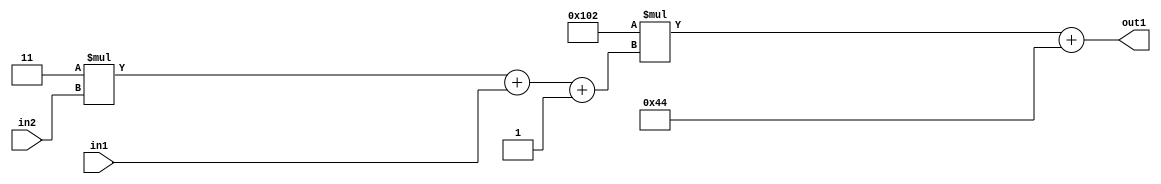
`timescale 1ps / 1ps
/*****************************************************************************
    Verilog RTL Description
    
    
    Created by: Stratus DpOpt 2019.1.01 
*******************************************************************************/

module DC_Filter_Add2i68Mul2i258Add3i1u1Mul2i3u2_1 (
	in2,
	in1,
	out1
	); /* architecture "behavioural" */ 
input [1:0] in2;
input  in1;
output [11:0] out1;
wire [11:0] asc001;
wire [3:0] asc002;

wire [3:0] asc002_tmp_0;
wire [3:0] asc002_tmp_1;
assign asc002_tmp_1 = 
	+(4'B0011 * in2);
assign asc002_tmp_0 = asc002_tmp_1
	+(in1);
assign asc002 = asc002_tmp_0
	+(4'B0001);

wire [11:0] asc001_tmp_2;
assign asc001_tmp_2 = 
	+(12'B000100000010 * asc002);
assign asc001 = asc001_tmp_2
	+(12'B000001000100);

assign out1 = asc001;
endmodule

/* CADENCE  vrPxQgA= : u9/ySgnWtBlWxVPRXgAZ4Og= ** DO NOT EDIT THIS LINE ******/